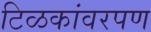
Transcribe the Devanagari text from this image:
टिळकांवरपण